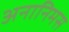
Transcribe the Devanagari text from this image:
अनानिमस